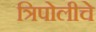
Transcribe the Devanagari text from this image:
त्रिपोलीचे